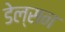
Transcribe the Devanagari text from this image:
डेल्सन